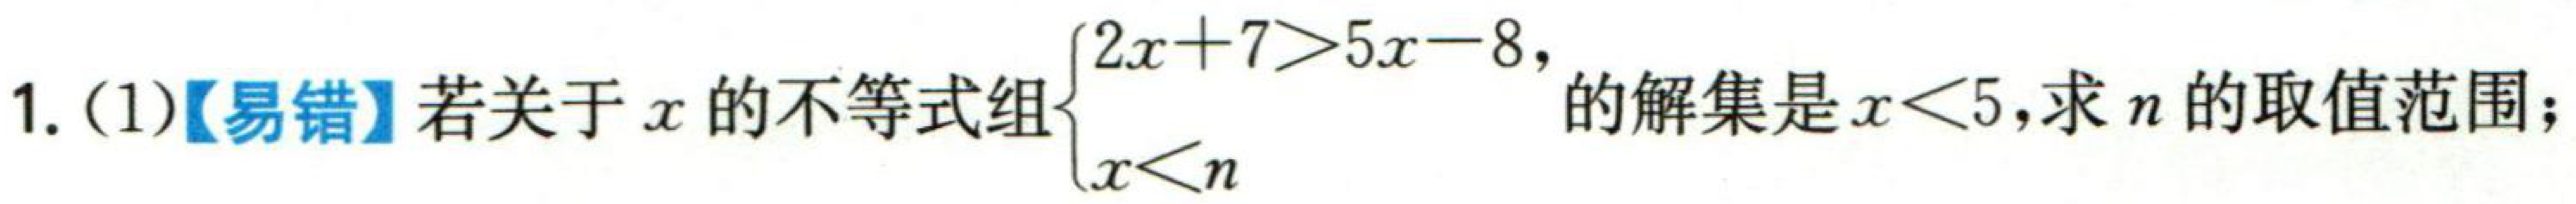
1. (1)【易错】若关于\(x\)的不等式组\(\begin{cases}2x + 7>5x - 8, \\x < n\end{cases}\)的解集是\(x<5\),求\(n\)的取值范围；